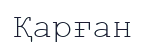
Қарған